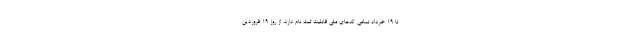
تا ۱۹ خرداد تمامی کدهای ملی قابلیت ثبت نام دارد. از روز ۱۹ فروردین